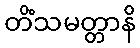
တိံသမတ္တာနိ